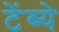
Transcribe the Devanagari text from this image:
टेंब्ये